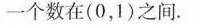
一个数在（0，1）之间.